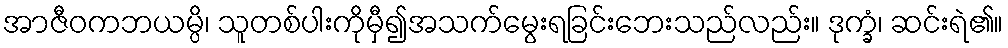
အာဇီဝကဘယမ္ပိ၊ သူတစ်ပါးကိုမှီ၍အသက်မွေးရခြင်းဘေးသည်လည်း။ ဒုက္ခံ၊ ဆင်းရဲ၏။